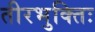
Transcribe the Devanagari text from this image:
तीरभुक्‍तिः